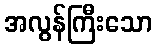
အလွန်ကြီးသော